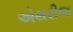
એથરીજ